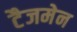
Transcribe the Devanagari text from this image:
टैजमेन